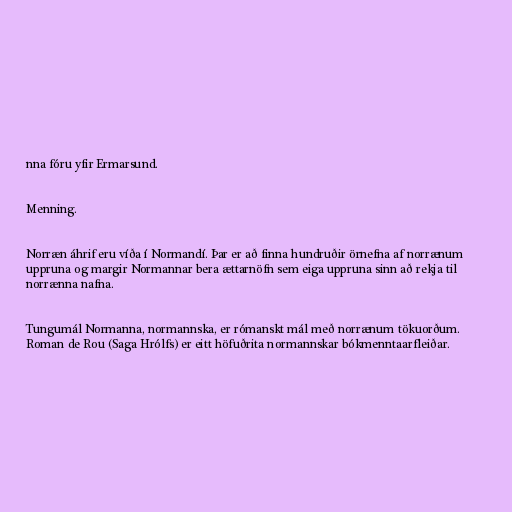
nna fóru yfir Ermarsund.

Menning.

Norræn áhrif eru víða í Normandí. Þar er að finna hundruðir örnefna af norrænum
uppruna og margir Normannar bera ættarnöfn sem eiga uppruna sinn að rekja til
norrænna nafna.

Tungumál Normanna, normannska, er rómanskt mál með norrænum tökuorðum.
Roman de Rou (Saga Hrólfs) er eitt höfuðrita normannskar bókmenntaarfleiðar.